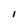
Character: I